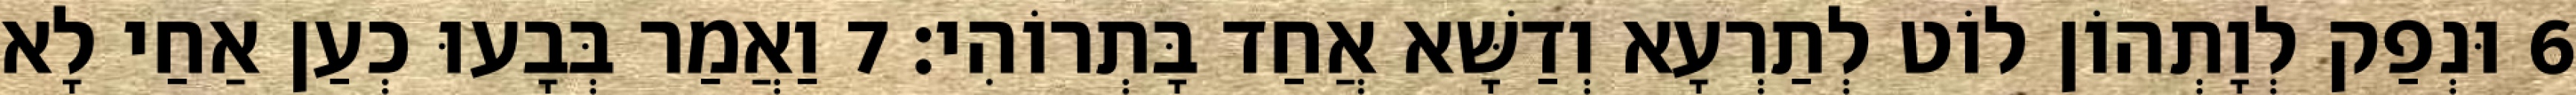
6 וּנְפַק לְוָתְהוֹן לוֹט לְתַרְעָא וְדַשָּׁא אֲחַד בָּתְרוֹהִי׃ 7 וַאֲמַר בְּבָעוּ כְעַן אַחַי לָא